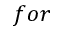
f o r